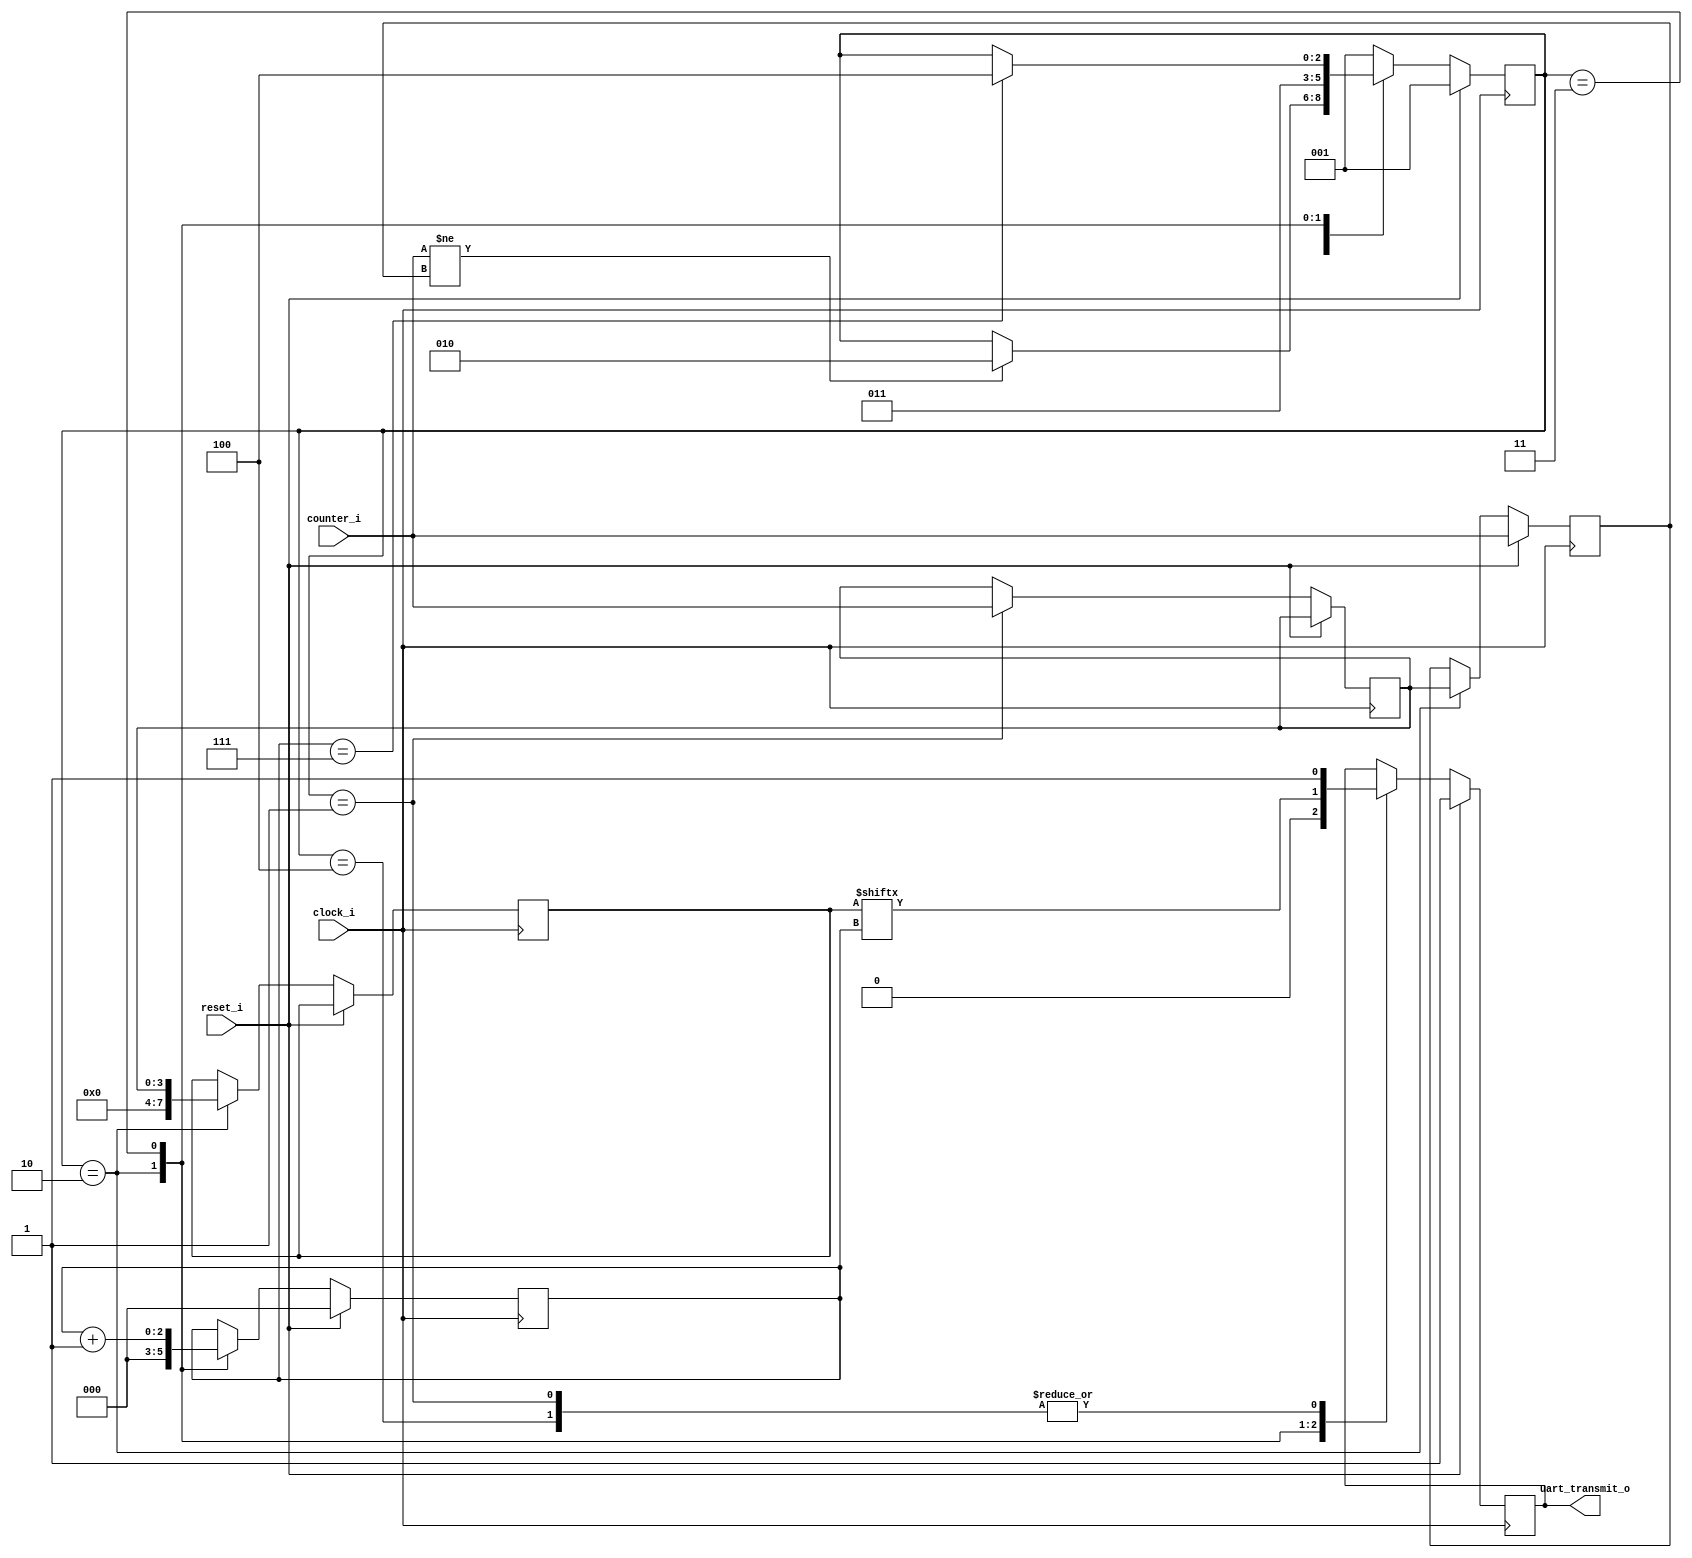
//
// Simple UART Transmitter
//
//
// Copyright 2023 Thomas Hadner
//
// Licensed under the Apache License, Version 2.0 (the "License");
// you may not use this file except in compliance with the License.
// You may obtain a copy of the License at
//
// http://www.apache.org/licenses/LICENSE2.0
//
// Unless required by applicable law or agreed to in writing, software
// distributed under the License is distributed on an "AS IS" BASIS,
// WITHOUT WARRANTIES OR CONDITIONS OF ANY KIND, either express or implied.
// See the License for the specific language governing permissions and
// limitations under the License.

`ifndef __UART_TRANSMITTER__
`define __UART_TRANSMITTER__

module uart_transmitter 
	#( 
		parameter INPUT_FEATURES = 8		// number of pwm channels
	)
	(
		input wire clock_i,
		input wire reset_i, 
		input wire [ $clog2(INPUT_FEATURES + 1) - 1 : 0 ] counter_i,
		
		output reg uart_transmit_o
	);

	reg [ $clog2(INPUT_FEATURES + 1) - 1 : 0 ] old_counter;
	reg [ $clog2(INPUT_FEATURES + 1) - 1 : 0 ] cur_counter;

	reg[2:0] state;
	reg[7:0] shift_reg;
	reg[2:0] bit_counter;
	
    always @(negedge clock_i) begin
		if (reset_i) begin
			state <= 3'b001;
			bit_counter <= 3'b000;
			old_counter <= counter_i;
			uart_transmit_o <= 1'b1;			// in Idle UART is HIGH

		end else begin
			case(state)
				3'b001: begin	// Checking for counter change
					cur_counter <= counter_i;
					uart_transmit_o <= 1'b1;	// in Idle UART is HIGH
					
					// if current and old counter are different, send message per UART
					if (counter_i != old_counter) begin
						state <= 3'b010;	// change state to Start Bit
					end
				
				end
				
				3'b010: begin	// Start Bit
					old_counter <= cur_counter;
					shift_reg <= { { ( 8 - $clog2(INPUT_FEATURES + 1)) {1'b0} } , cur_counter };
					uart_transmit_o <= 1'b0;
					state <= 3'b011;		// change state to checking for counter change
					bit_counter <= 3'b000;
				
				end
				
				3'b011: begin	// Data Bits
					uart_transmit_o <= shift_reg[bit_counter];
					bit_counter <= bit_counter + 3'b001;
					
					if (bit_counter == 3'b111) begin
						state <= 3'b100;	
					end			
				end
				
				3'b100: begin	// Stop Bit
					uart_transmit_o <= 1'b1;
					state <= 3'b001;		// change state to checking for counter change
				end
				
				default: state <= 3'b001;
				
			endcase
       	end 
    end

endmodule
`endif